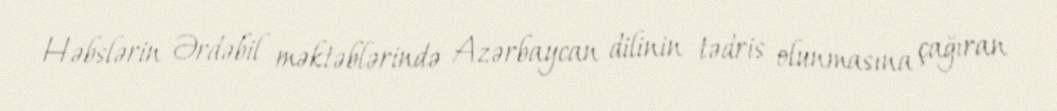
Həbslərin Ərdəbil məktəblərində Azərbaycan dilinin tədris olunmasına çağıran